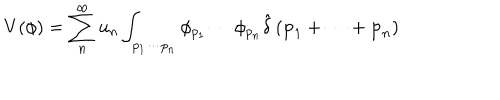
LaTeX: V ( \phi ) = \sum _ { n } ^ { \infty } u _ { n } \int _ { p _ { 1 } \cdots p _ { n } } \phi _ { p _ { 1 } } \cdots \phi _ { p _ { n } } \hat { \delta } \left( { \bf p } _ { 1 } + \cdots + { \bf p } _ { n } \right)